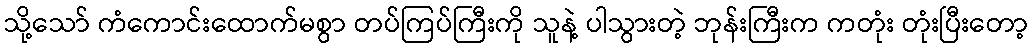
သို့သော် ကံကောင်းထောက်မစွာ တပ်ကြပ်ကြီးကို သူနဲ့ ပါသွားတဲ့ ဘုန်းကြီးက ကတုံး တုံးပြီးတော့